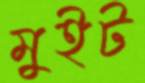
মুইট